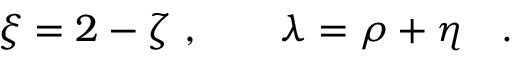
\xi = 2 - \zeta \ , \qquad \lambda = \rho + \eta \quad .